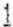
1